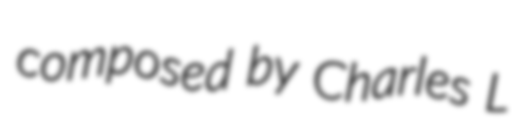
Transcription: composed by Charles L